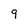
Character: 9